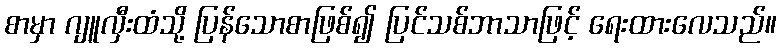
စာမှာ ဂျူလှီးထံသို့ ပြန်သောစာဖြစ်၍ ပြင်သစ်ဘာသာဖြင့် ရေးထားလေသည်။